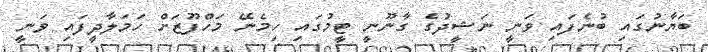
ބަޔާނުގައި ބުނެފައި ވަނީ ނަޝީދުގެ ގާނޫނީ ޓީމުގައި ހިމެނޭ މަހްފޫޒަށް ހަމަލާދީފައި ވަނީ